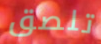
تلصق